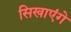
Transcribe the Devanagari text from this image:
सिखाएंगे